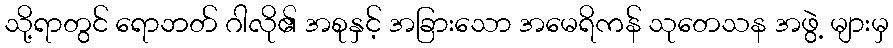
သို့ရာတွင် ရောဘတ် ဂါလို၏ အစုနှင့် အခြားသော အမေရိကန် သုတေသန အဖွဲ့ များမှ